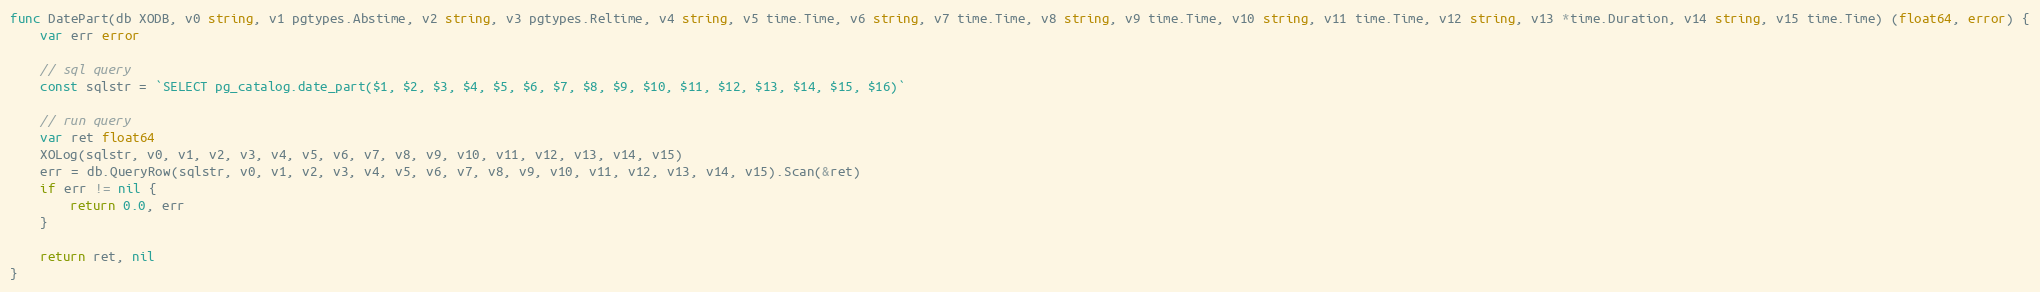
Language: Go
func DatePart(db XODB, v0 string, v1 pgtypes.Abstime, v2 string, v3 pgtypes.Reltime, v4 string, v5 time.Time, v6 string, v7 time.Time, v8 string, v9 time.Time, v10 string, v11 time.Time, v12 string, v13 *time.Duration, v14 string, v15 time.Time) (float64, error) {
	var err error

	// sql query
	const sqlstr = `SELECT pg_catalog.date_part($1, $2, $3, $4, $5, $6, $7, $8, $9, $10, $11, $12, $13, $14, $15, $16)`

	// run query
	var ret float64
	XOLog(sqlstr, v0, v1, v2, v3, v4, v5, v6, v7, v8, v9, v10, v11, v12, v13, v14, v15)
	err = db.QueryRow(sqlstr, v0, v1, v2, v3, v4, v5, v6, v7, v8, v9, v10, v11, v12, v13, v14, v15).Scan(&ret)
	if err != nil {
		return 0.0, err
	}

	return ret, nil
}